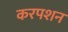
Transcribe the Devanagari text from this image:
करपशन